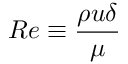
R e \equiv \frac { \rho u \delta } { \mu }